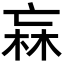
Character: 𭪑